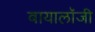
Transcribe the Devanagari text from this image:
बायालॉजी